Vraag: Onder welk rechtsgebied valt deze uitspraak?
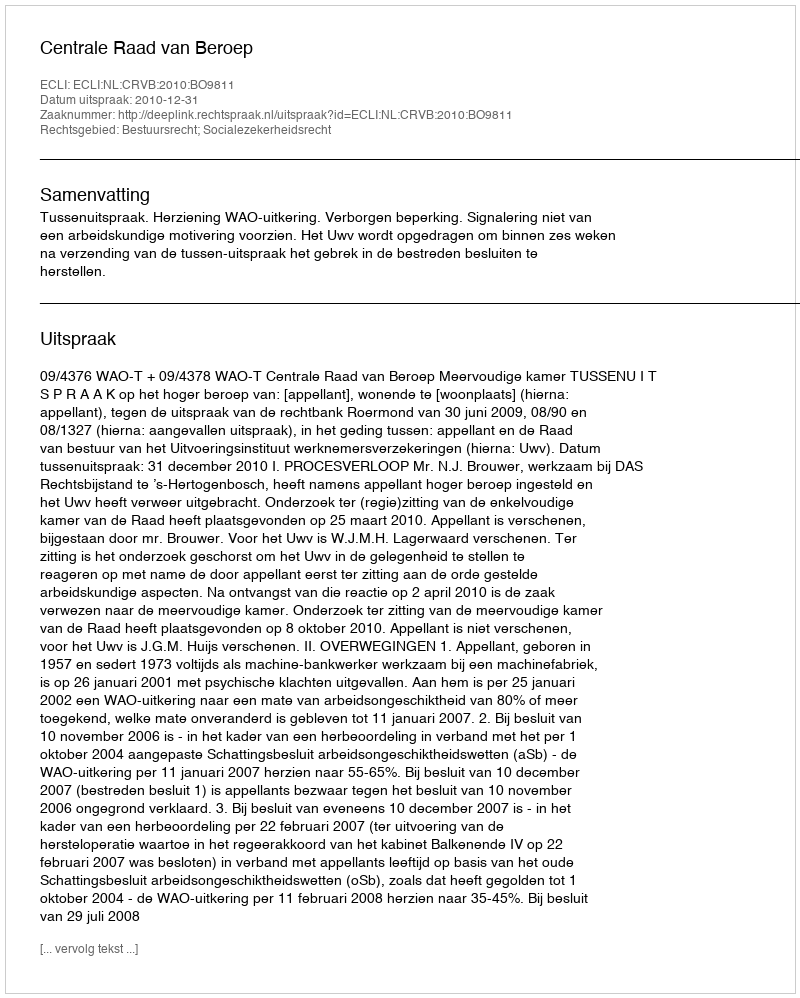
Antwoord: Bestuursrecht; Socialezekerheidsrecht